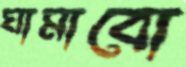
ঘামাবো